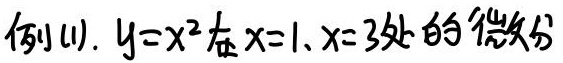
例(1). $y = x^2$在$x = 1, x = 3$处的微分